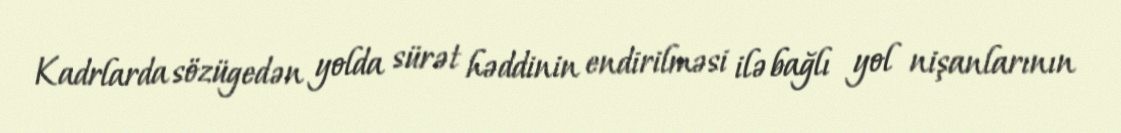
Kadrlarda sözügedən yolda sürət həddinin endirilməsi ilə bağlı yol nişanlarının